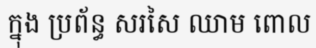
ក្នុង ប្រព័ន្ធ សរសៃ ឈាម ពោល